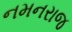
નમનરાજ